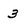
Character: 3